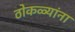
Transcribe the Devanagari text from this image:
ठोकळ्यांना